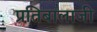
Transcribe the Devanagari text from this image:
प्रतिबालाजी